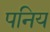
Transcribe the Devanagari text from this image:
पनिय